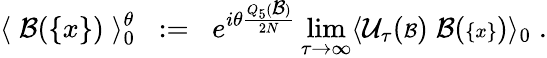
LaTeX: \langle\; {\cal B}({\{ x\} })\; \rangle_{0}^{\theta}\; \; :=\; \; e^{i\theta\frac{Q_{5}({\scriptstyle{\cal B}})}{2N}}\operatorname*{lim}_{\tau\rightarrow\infty}\langle{\cal U}_{\tau}({\scriptstyle{\cal B}})\; {\cal B}({\scriptstyle\{ x\} })\rangle_{0}\; .